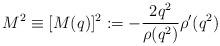
LaTeX: \begin{align*}M^2\equiv [M(q)]^2:=-\frac{2 q^2}{\rho(q^2)}\rho'(q^2)\end{align*}